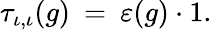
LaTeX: \tau_{\iota,\iota}(g)\: =\: \varepsilon(g)\cdot 1.